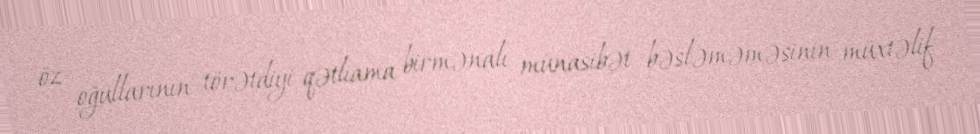
öz oğullarının törətdiyi qətliama birmənalı münasibət bəsləməməsinin müxtəlif